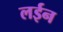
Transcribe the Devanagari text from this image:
लईन